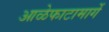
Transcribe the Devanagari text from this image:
आळेफाटामार्गे